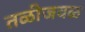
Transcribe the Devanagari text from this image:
तळीजवळ